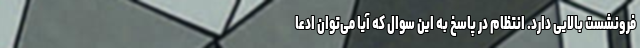
فرونشست بالایی دارد. انتظام در پاسخ به این سوال که آیا می‌توان ادعا